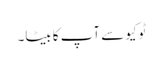
ٹوکیو سے آپ کا بیٹا۔